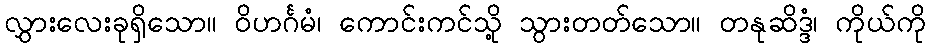
လွှားလေးခုရှိသော။ ဝိဟင်္ဂမံ၊ ကောင်းကင်သို့ သွားတတ်သော။ တနုဆိဒ္ဒံ၊ ကိုယ်ကို